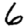
Digit: 6